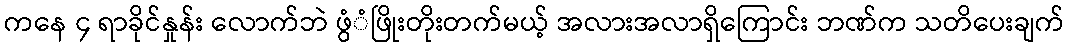
ကနေ ၄ ရာခိုင်နှုန်း လောက်ဘဲ ဖွံံဖြိုးတိုးတက်မယ့် အလားအလာရှိကြောင်း ဘဏ်က သတိပေးချက်